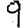
Digit: 9